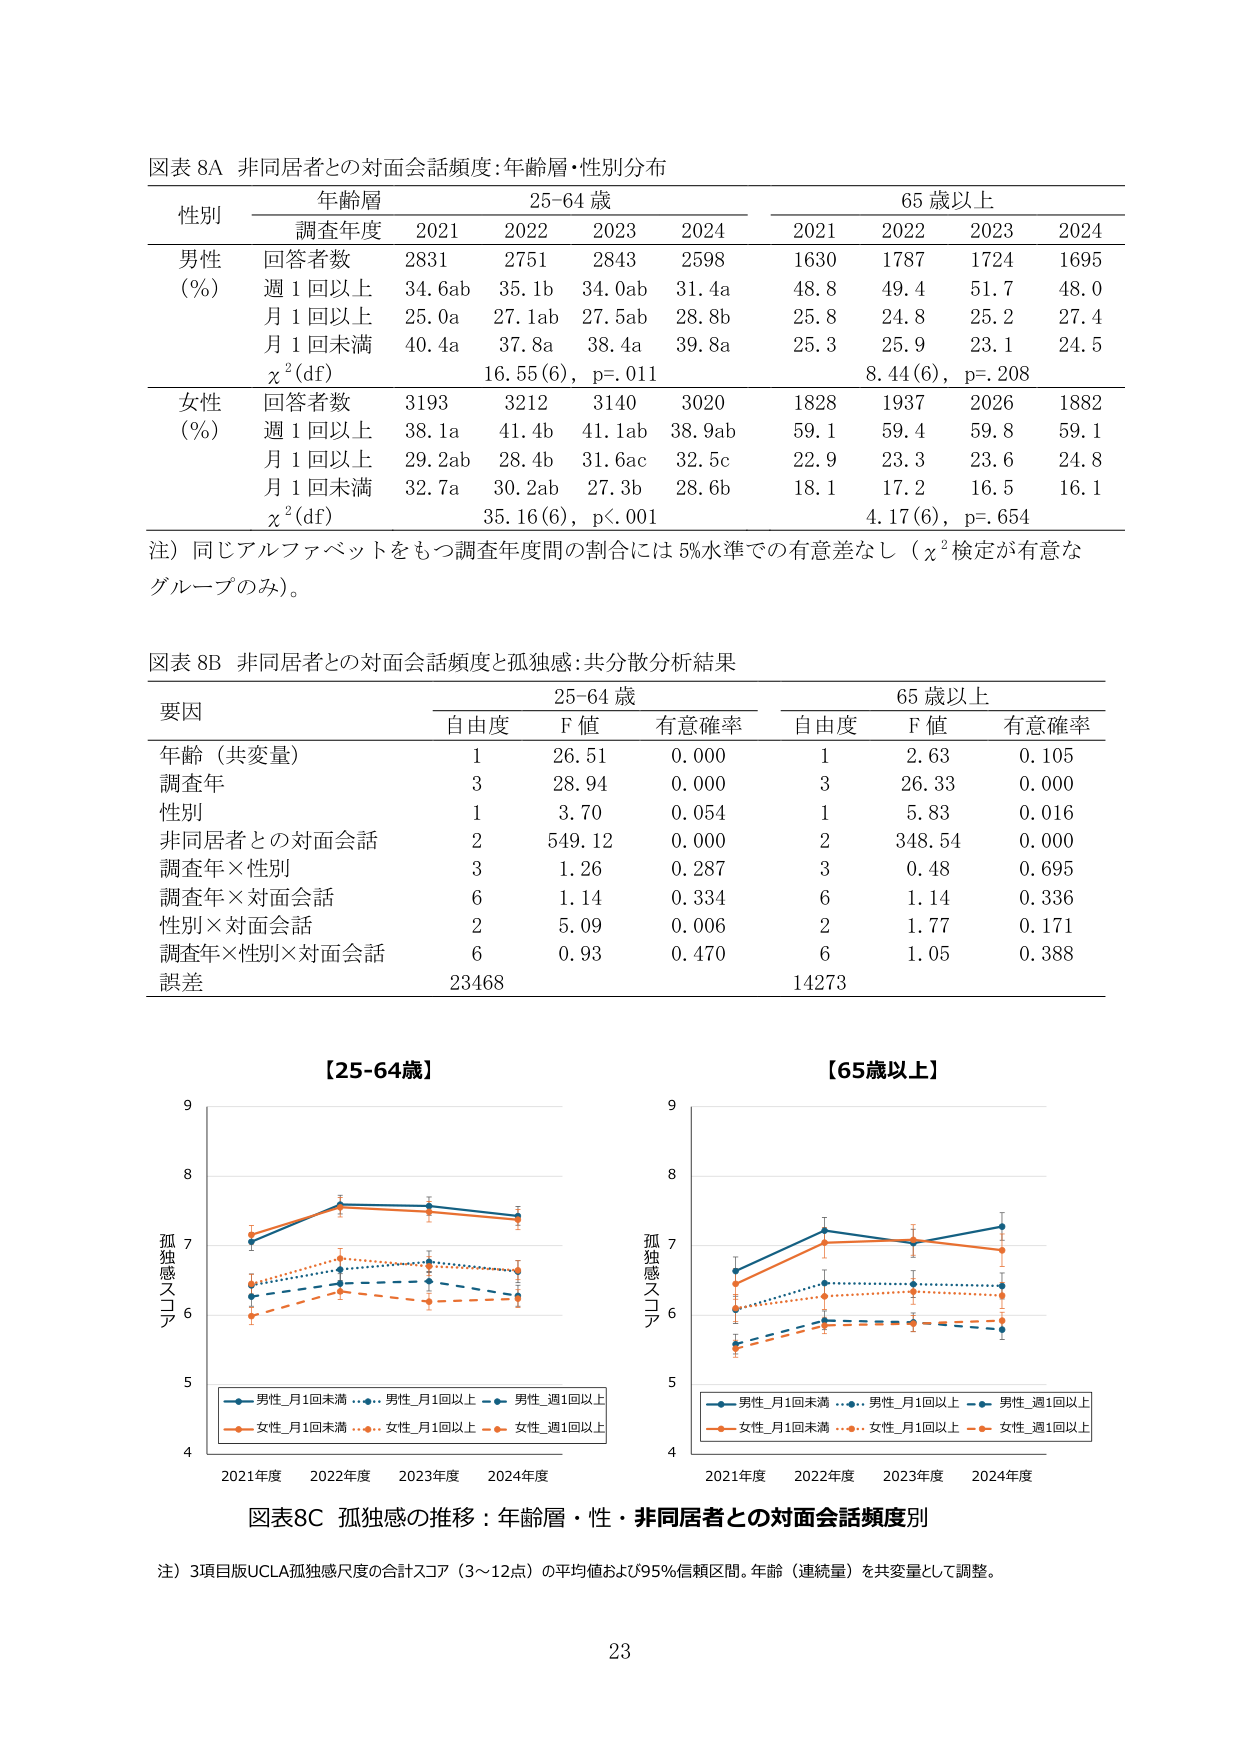
図表 8A 非同居者との対面会話頻度：年齢層・性別分布

性別 年齢層 25-64 歳 65 歳以上
　　　調査年度 2021 2022 2023 2024 2021 2022 2023 2024

男性 回答者数 2831 2751 2843 2598 1630 1787 1724 1695
(%) 週 1 回以上 34.6ab 35.1b 34.0ab 31.4a 48.8 49.4 51.7 48.0
　　月 1 回以上 25.0a 27.1ab 27.5ab 28.8b 25.8 25.8 25.2 27.4
　　月 1 回未満 40.4a 37.8a 38.4a 39.8a 25.3 25.9 23.1 24.5
　　χ²(df) 16.55(6), p=.011 8.44(6), p=.208

女性 回答者数 3193 3212 3140 3020 1828 1937 2026 1882
(%) 週 1 回以上 38.1a 41.4b 41.1ab 38.9ab 59.1 59.4 59.8 59.1
　　月 1 回以上 29.2ab 28.4b 31.6ac 32.5c 22.9 23.3 23.6 24.8
　　月 1 回未満 32.7a 30.2ab 27.3b 28.6b 18.1 17.2 16.5 16.1
　　χ²(df) 35.16(6), p<.001 4.17(6), p=.654

注）同じアルファベットをもつ調査年度間の割合には 5%水準での有意差なし（χ²検定が有意なグループのみ）。

図表 8B 非同居者との対面会話頻度と孤独感：共分散分析結果

要因 25-64 歳 65 歳以上
　　　自由度 F 値 有意確率 自由度 F 値 有意確率

年齢（共変量） 1 26.51 0.000 1 2.63 0.105
調査年 3 28.94 0.000 3 26.33 0.000
性別 1 3.70 0.054 1 5.83 0.016
非同居者との対面会話 2 549.12 0.000 2 348.54 0.000
調査年×性別 3 1.26 0.287 3 0.48 0.695
調査年×対面会話 6 1.14 0.334 6 1.14 0.336
性別×対面会話 2 5.09 0.006 2 1.77 0.171
調査年×性別×対面会話 6 0.93 0.470 6 1.05 0.388
誤差 23468 14273

【25-64歳】
【65歳以上】

孤独感スコア
9
8
7
6
5
4
2021年度 2022年度 2023年度 2024年度

- 男性_月1回未満
- 男性_月1回以上
- 男性_週1回以上
- 女性_月1回未満
- 女性_月1回以上
- 女性_週1回以上

孤独感スコア
9
8
7
6
5
4
2021年度 2022年度 2023年度 2024年度

- 男性_月1回未満
- 男性_月1回以上
- 男性_週1回以上
- 女性_月1回未満
- 女性_月1回以上
- 女性_週1回以上

図表8C 孤独感の推移：年齢層・性・非同居者との対面会話頻度別

注）3項目版UCLA孤独感尺度の合計スコア（3～12点）の平均値および95%信頼区間。年齢（連続量）を共変量として調整。

23